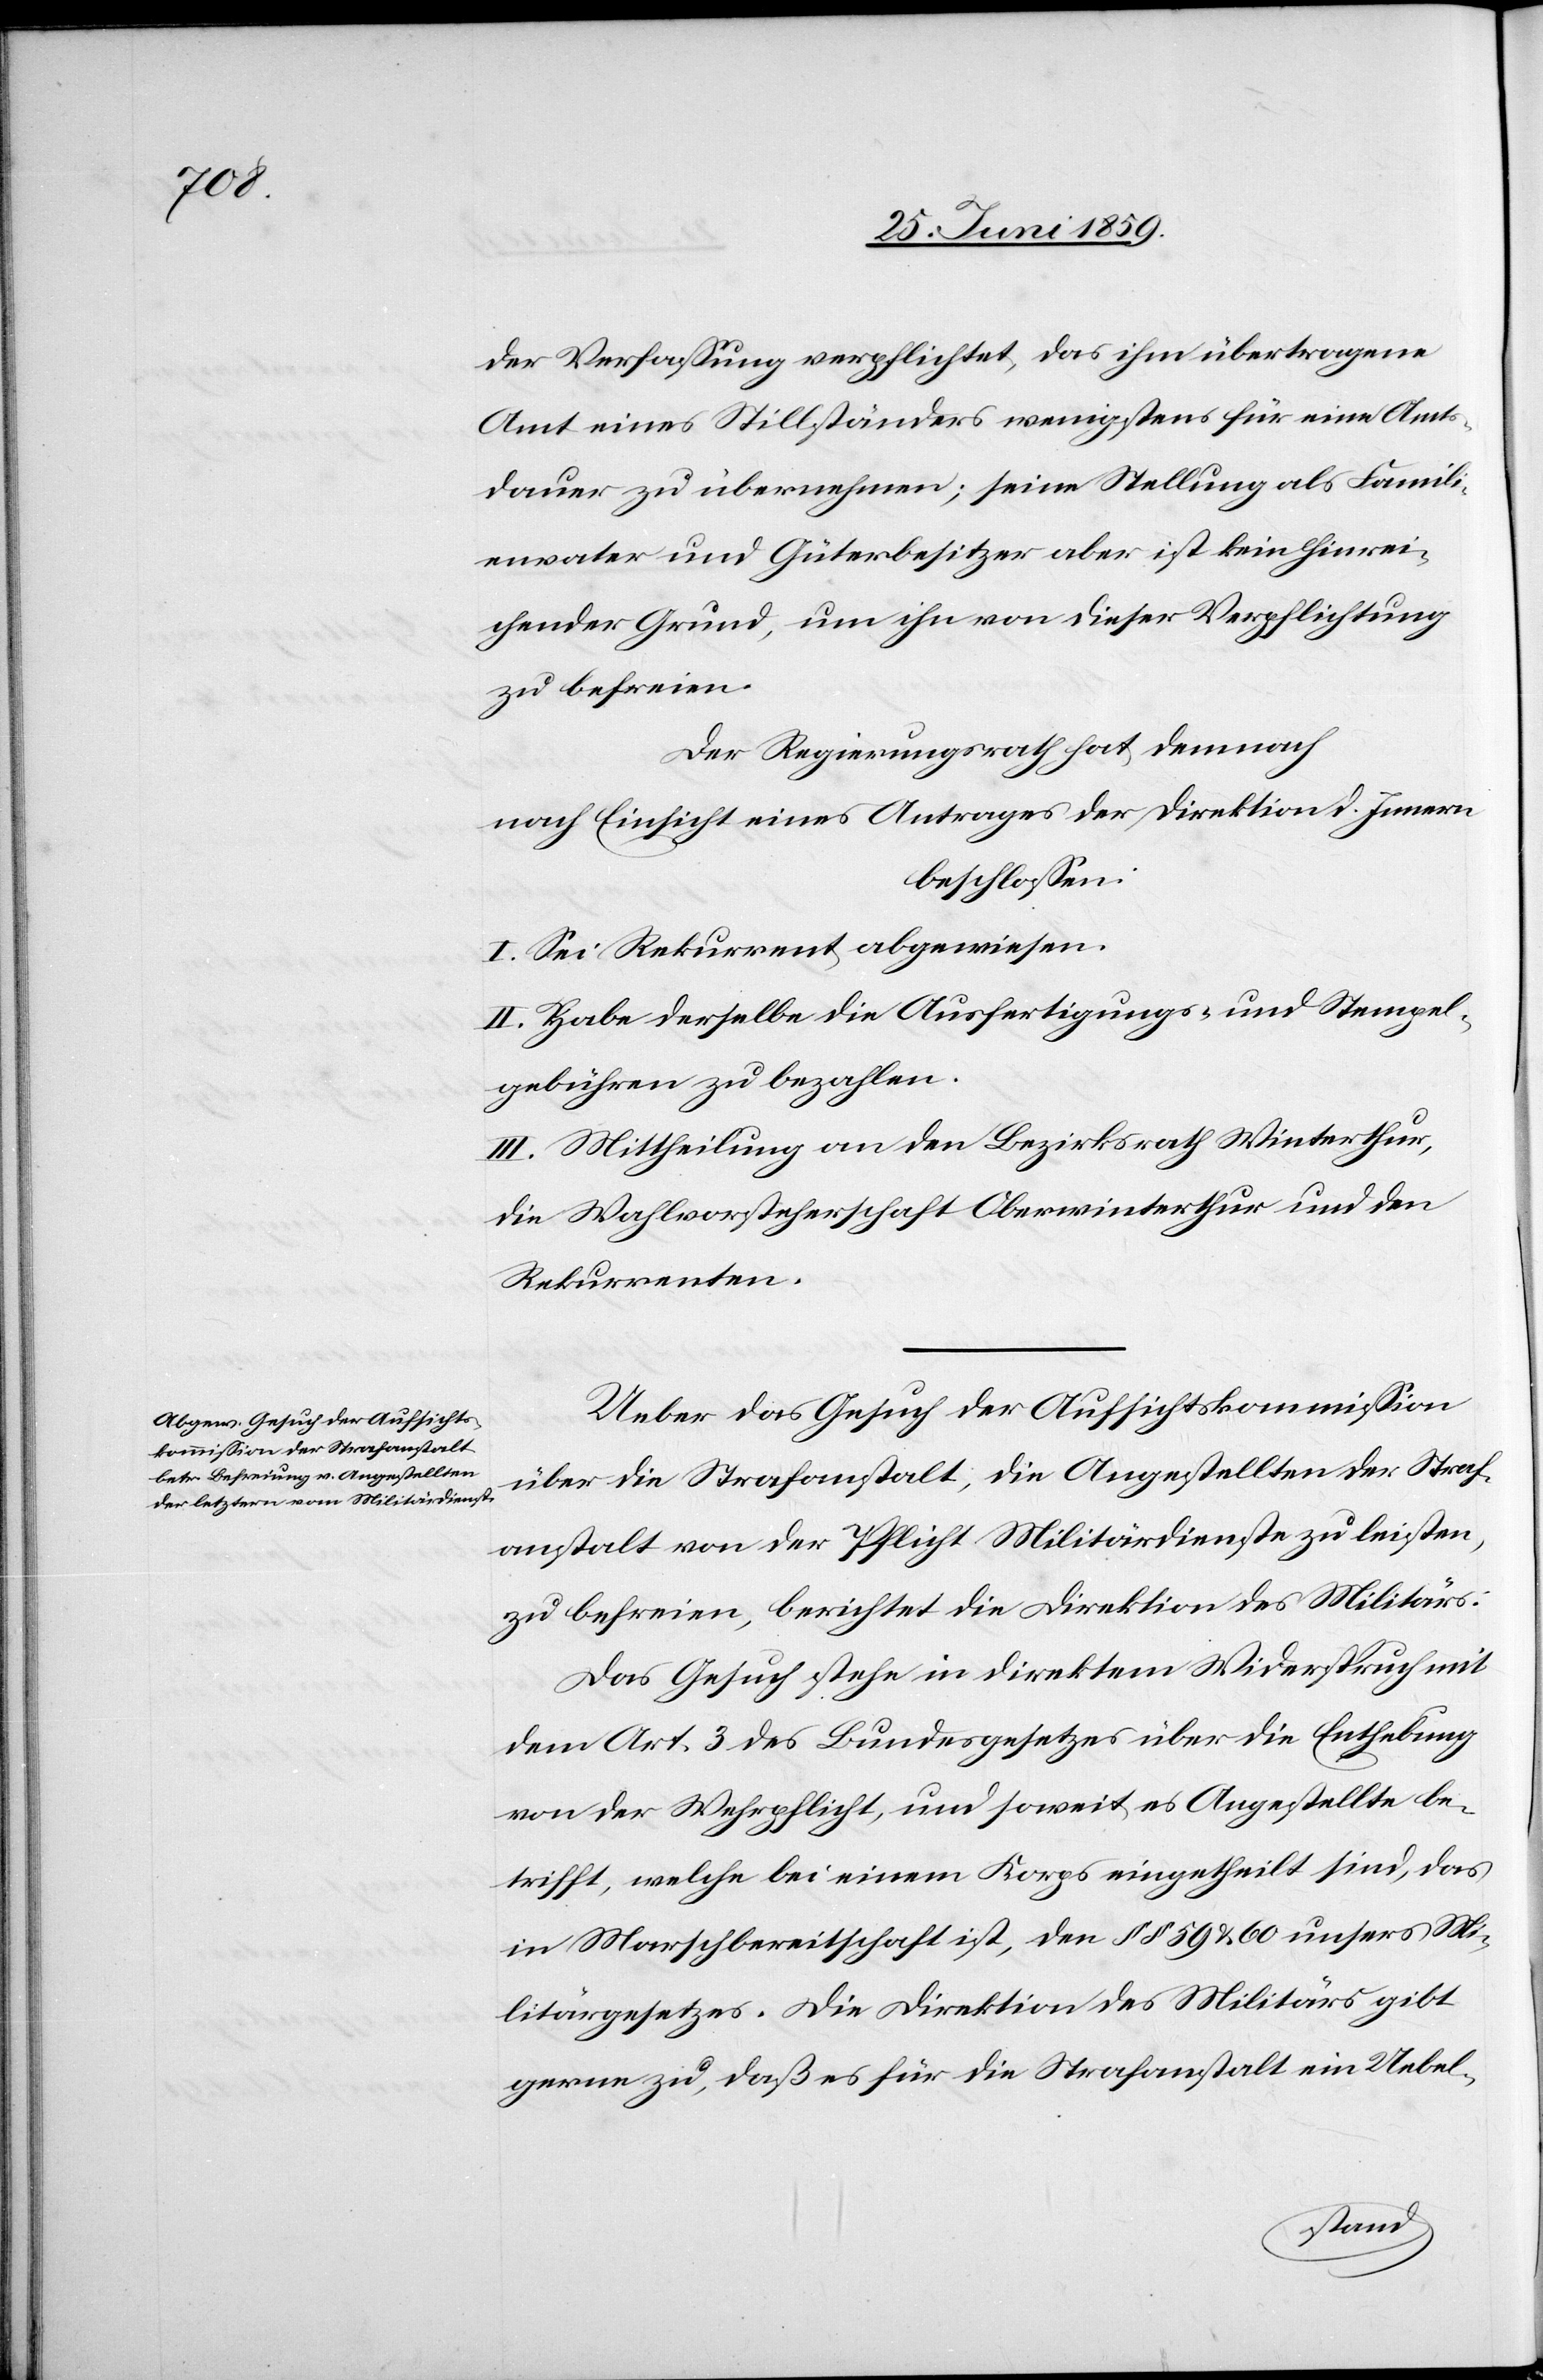
der Verfassung verpflichtet, das ihm übertragene
Amt eines Stillständers wenigstens für eine Amts¬
dauer zu übernehmen; seine Stellung als Famili¬
envater und Güterbesitzer aber ist kein hinrei¬
chender Grund, um ihn von dieser Verpflichtung
zu befreien.
Der Regierungsrath hat demnach
nach Einsicht eines Antrages der Direktion d. Innern
beschlossen:
I. Sei Rekurrent abgewiesen.
II. Habe derselbe die Ausfertigungs- und Stempel¬
gebühren zu bezahlen.
III. Mittheilung an den Bezirksrath Winterthur,
die Wahlvorsteherschaft Oberwinterthur und den
Rekurrenten.
Ueber das Gesuch der Aufsichtskommission
über die Strafanstalt, die Angestellten der Straf¬
anstalt von der Pflicht Militärdienste zu leisten,
zu befreien, berichtet die Direktion des Militärs:
Das Gesuch stehe in direktem Widerspruch mit
dem Art. 3 des Bundesgesetzes über die Enthebung
von der Wehrpflicht, und soweit es Angestellte be¬
trifft, welche bei einem Korps eingetheilt sind, das
in Marschbereitschaft ist, den §§ 59 & 60 unsers Mi¬
litärgesetzes. Die Direktion des Militärs gibt
gerne zu, daß es für die Strafanstalt ein Uebel-